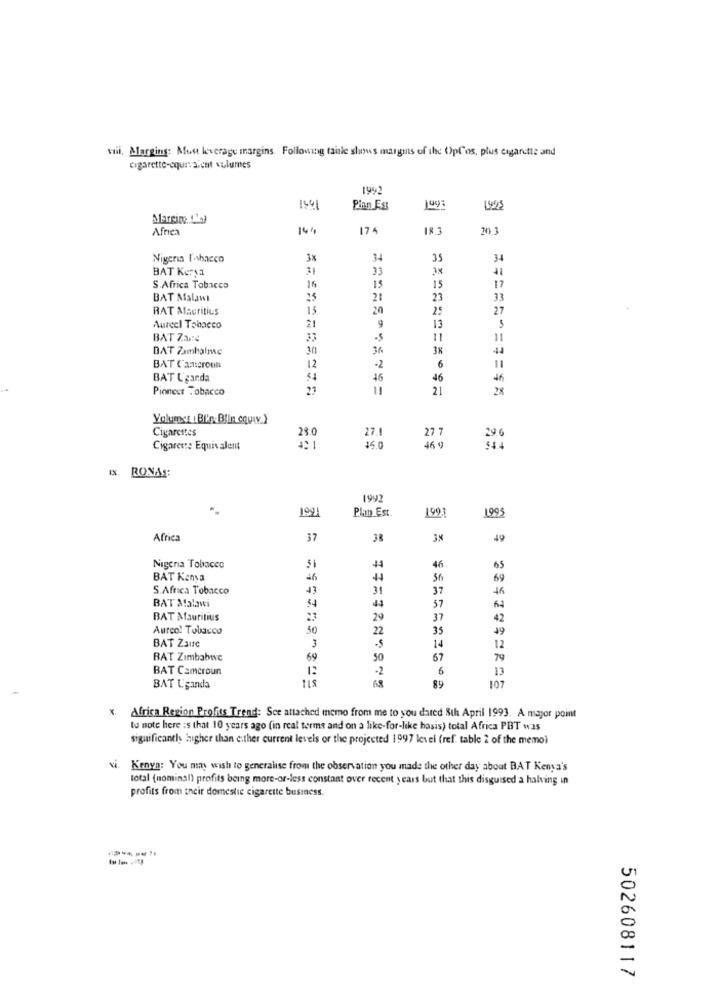
vil, Margins: Must leverage margins. Following taisle shows margits of the Opl'os, plus cigarette and
cigarette-cours aient volumes
1992
1541
Plan Est
199
Margin 1'+)
Africa
141
174
18.3
20. 3
Nigeria Fahacco
3
34
35
34
BAT Kersa
31
33
11
S.Africa Tobacco
16
15
15
17
BAT Malawi
15
21
23
33
RAT Mauritius
15
20
25
27
2
5
Aureel Tobacco
9
13
BAT Zane
11
DAT Zamhalme
36
3%
44
11
BAT Cameroun
12
-2
6
BAT L'garda
16
46
46
Pionest Tobacco
21
21
28
Yolumer : BIky:Blin cquiv.}
Cigarettes
28.0
27.
277
Cigaret :: Equivalent
15.0
46 9
RONAS:
1992
199
Plan Est.
1991
1995
Africa
37
49
Nigeria Tobacco
41
46
65
BAT Kenya
46
4
56
69
S.Africa Tobacco
43
31
37
54
BAT Malawi
44
57
BAT Mauritius
23
29
37
42
Aurco! Tobacco
22
35
19
BAT ZaINC
3
-5
14
12
BAT Zimbabwe
69
50
67
79
BAT Cameroun
-2
6
13
68
BAT Uganda
89
107
x. Africa Region Profits Trend: Sce attached memo from me to you dared 8th April 1993. A major point
to note here :s that 10 years ago (in real terms and on a like-for-like basis) total Africa PBT was
significantly higher than either current levels or the projected 1997 level (ref. table 2 of the memo)
vi. Kenya: You many wish to generalise from the observation you made the other day about BAT Kenya's
total (nominal) profits being more-or-less constant over recent years but that this disguised a halving in
profits from their domestic cigarette business.
502608117